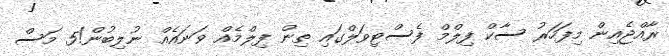
ރާއްޖެއިން މިފަހަރު ސާކް ފިލްމް ފެސްޓިވަލްގައި ތިން ފިލްމެއް ވަނައެއް ނުލިބުން!5 މަސް